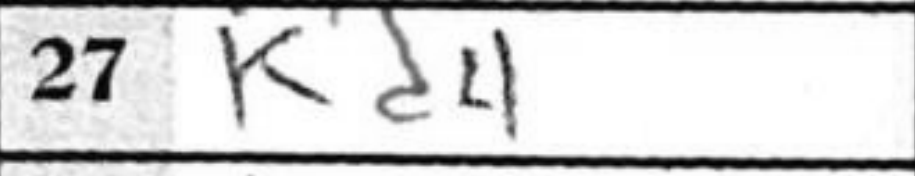
Transcription: Kd4